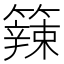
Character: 𥶁